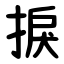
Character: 捩